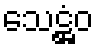
သေဋ္ဌံဝ